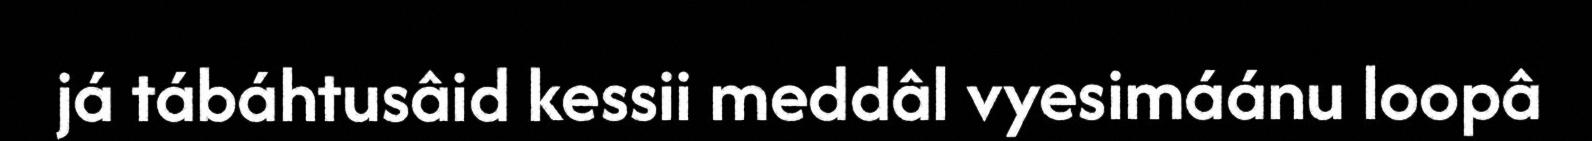
já tábáhtusâid kessii meddâl vyesimáánu loopâ